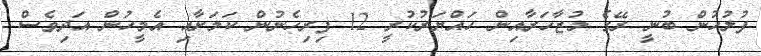
ފުލުހުން ބުނީ ރޭގެ މުޒާހަރާއިން ހައްޔަރުކުރީ 12 ފިރިހެނުން ކަމަށާއި އެމީހުން އަދިވެސް